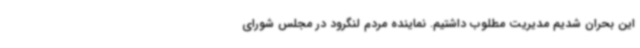
این بحران شدیم مدیریت مطلوب داشتیم. نماینده مردم لنگرود در مجلس شورای